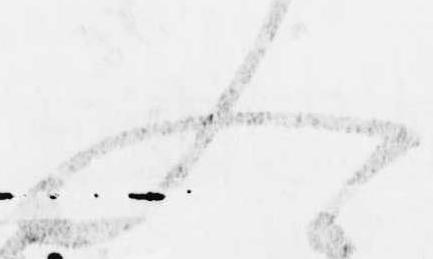
入